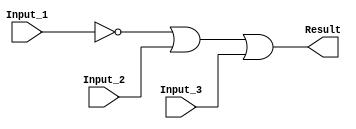
/******************************************************************************
 ** Logisim goes FPGA automatic generated Verilog code                       **
 **                                                                          **
 ** Component : OR_GATE_3_INPUTS                                             **
 **                                                                          **
 ******************************************************************************/

module OR_GATE_3_INPUTS( Input_1,
                         Input_2,
                         Input_3,
                         Result);

   /***************************************************************************
    ** Here all module parameters are defined with a dummy value             **
    ***************************************************************************/
   parameter BubblesMask = 1;


   /***************************************************************************
    ** Here the inputs are defined                                           **
    ***************************************************************************/
   input  Input_1;
   input  Input_2;
   input  Input_3;

   /***************************************************************************
    ** Here the outputs are defined                                          **
    ***************************************************************************/
   output Result;

   /***************************************************************************
    ** Here the internal wires are defined                                   **
    ***************************************************************************/
   wire s_real_input_1;
   wire s_real_input_2;
   wire s_real_input_3;
   wire[2:0] s_signal_invert_mask;


   /***************************************************************************
    ** Here the bubbles are processed                                        **
    ***************************************************************************/
   assign s_signal_invert_mask = BubblesMask;
   assign s_real_input_1 = (s_signal_invert_mask[0]) ? ~Input_1: Input_1;
   assign s_real_input_2 = (s_signal_invert_mask[1]) ? ~Input_2: Input_2;
   assign s_real_input_3 = (s_signal_invert_mask[2]) ? ~Input_3: Input_3;

   /***************************************************************************
    ** Here the functionality is defined                                     **
    ***************************************************************************/
   assign Result = s_real_input_1 |
                   s_real_input_2 |
                   s_real_input_3;


endmodule